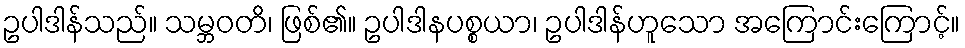
ဥပါဒါန်သည်။ သမ္ဘဝတိ၊ ဖြစ်၏။ ဥပါဒါနပစ္စယာ၊ ဥပါဒါန်ဟူသော အကြောင်းကြောင့်။